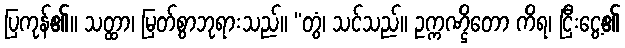
ပြကုန်၏။ သတ္ထာ၊ မြတ်စွာဘုရားသည်။ “တွံ၊ သင်သည်။ ဥက္ကဏ္ဌိတော ကိရ၊ ငြီးငွေ့၏